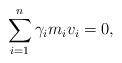
LaTeX: \begin{align*} \sum_{i=1}^n\gamma_im_iv_i=0,\end{align*}